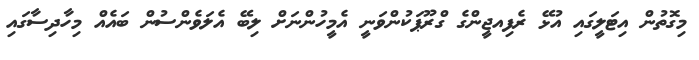
މިގޮތުން އިޓަލީގައި އުޅޭ ރެފިއޖީންގެ ގްރޫޕަކުންވަނީ އެމީހުންނަށް ލިބޭ އެލަވެންސުން ބައެއް މިހާދިސާގައިި